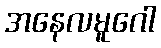
အနေလမူဂေါ